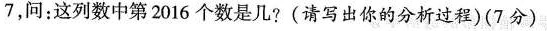
7，问：这列数中第2016个数是几?(请写出你的分析过程)(7分)